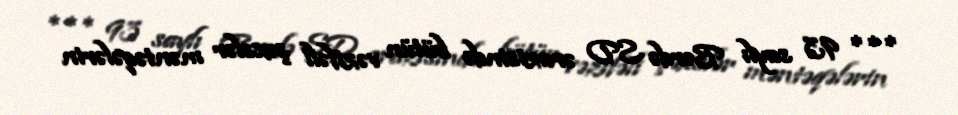
*** 93 saylı Bərdə SD ərazisində bütün vəzifəli şəxslər məntəqələrin